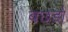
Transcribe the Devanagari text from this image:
बछड़ो